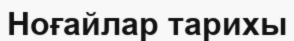
Ноғайлар тарихы